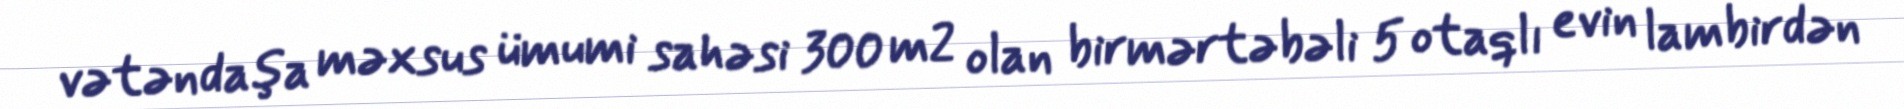
vətəndaşa məxsus ümumi sahəsi 300 m2 olan birmərtəbəli 5 otaqlı evin lambirdən